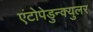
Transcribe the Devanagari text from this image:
एंटोपेडुन्क्युलर